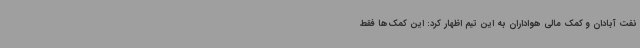
نفت آبادان و کمک مالی هواداران به این تیم اظهار کرد: این کمک‌ها فقط